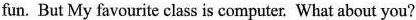
fun. But My favourite class is computer. What about you?